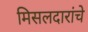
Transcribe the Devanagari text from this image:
मिसलदारांचे